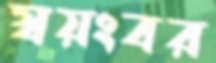
স্বয়ংবর